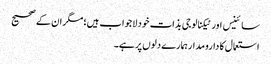
سائینس اور ٹیکنالوجی بذات خود لاجواب ہیں؛ مگر ان کے صحیح
استعمال کا دارومدار ہمارے دلوں پر ہے۔